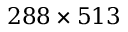
2 8 8 \times 5 1 3